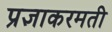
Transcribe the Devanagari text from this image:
प्रज्ञाकरमती